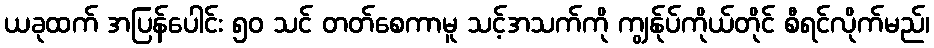
ယခုထက် အပြန်ပေါင်း ၅၀ သင် တတ်စေကာမူ သင့်အသက်ကို ကျွန်ုပ်ကိုယ်တိုင် စီရင်လိုက်မည်၊